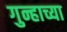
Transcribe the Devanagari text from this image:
गुन्हाच्या